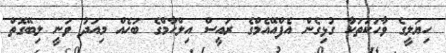
ހިޔަލީގެ ވާހަކަތަކާ ގުޅިގެން އެފްއޭއެމްގެ ރައީސް އިލްހާމްގެ ބަހެއް މިއަދު ވަނީ ލިބޭގޮތް